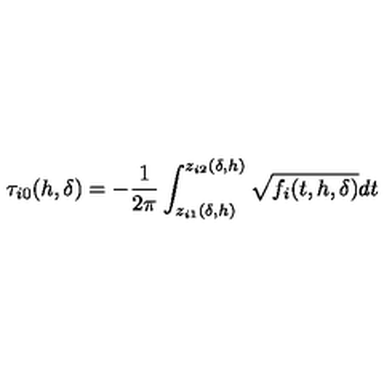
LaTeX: \tau _ { i 0 } ( h , \delta ) = - \frac { 1 } { 2 \pi } \int _ { z _ { i 1 } ( \delta , h ) } ^ { z _ { i 2 } ( \delta , h ) } \sqrt { f _ { i } ( t , h , \delta ) } d t